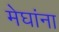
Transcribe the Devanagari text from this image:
मेघांना